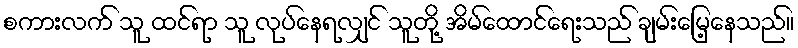
စကားလက် သူ ထင်ရာ သူ လုပ်နေရလျှင် သူတို့ အိမ်ထောင်ရေးသည် ချမ်းမြေ့နေသည်။